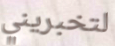
لتخبريني